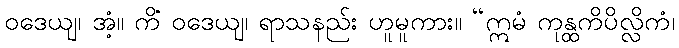
ဝဒေယျ၊ အံ့။ ကိံ ဝဒေယျ၊ ရာသနည်း ဟူမူကား။ “ဣမံ ကုန္ထကိပိလ္လိကံ၊